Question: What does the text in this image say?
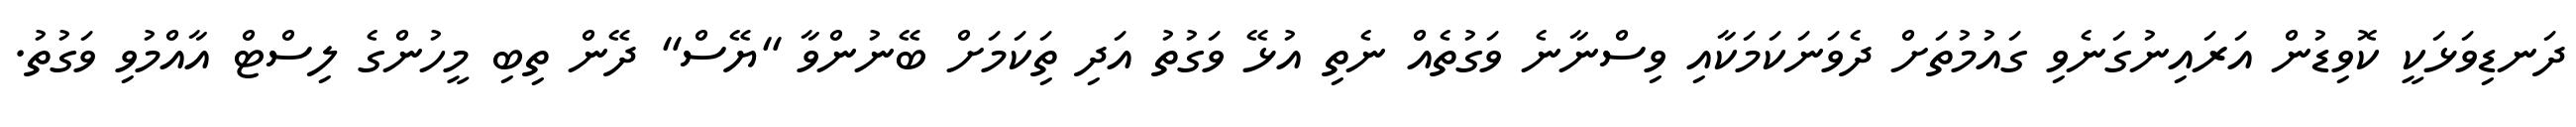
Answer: ދަނޑިވަޅަކީ ކޮވިޑުން އަރައިނުގަނެވި ގައުމުތަށް ދެވަނަކަމަކާއި ވިސްނާނެ ވަގުތެއް ނެތި އުޅޭ ވަގުތު އަދި ތިަކަމަށް ބޭނުންވާ "ޔޭސް" ދޭން ތިބި މީހުންގެ ލިސްޓް އާއްމުވި ވަގުތު.